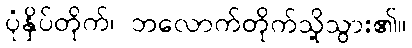
ပုံနှိပ်တိုက်၊ ဘလောက်တိုက်သို့သွား၏။